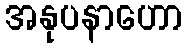
အနုပနာဟော